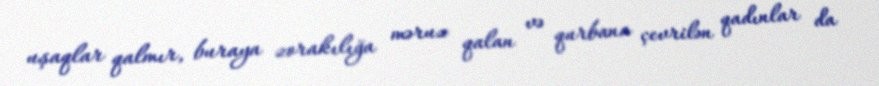
uşaqlar qalmır, buraya zorakılığa məruz qalan və qurbana çevrilən qadınlar da